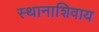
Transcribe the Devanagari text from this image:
स्थानाशिवाय